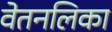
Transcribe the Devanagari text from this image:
वेतनलिका